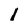
Character: l